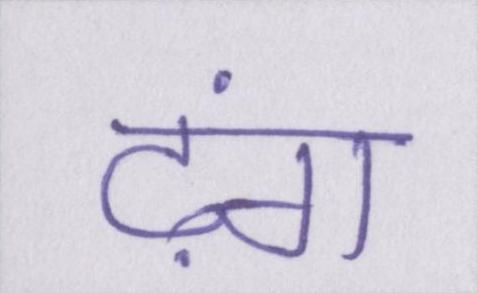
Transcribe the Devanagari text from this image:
ढ़ंग